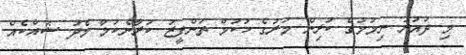
މި ދައުރު ނިމުމުގެ ކުރިން މަރުގެ ހުކުމް ތަންފީޒު ކުރާނެކަމާ މެދު ޝައްކެއް